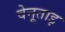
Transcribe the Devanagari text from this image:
वेनूताइ